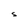
Character: S